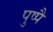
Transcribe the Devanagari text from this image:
पुष्पै